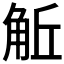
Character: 𧣜